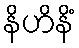
နိဟိနိံ